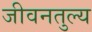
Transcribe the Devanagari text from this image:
जीवनतुल्य